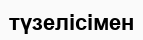
түзелісімен